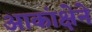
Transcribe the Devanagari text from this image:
आकांक्षेने